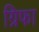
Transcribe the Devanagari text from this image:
ग्रिफा